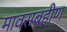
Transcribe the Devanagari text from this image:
मावसबहीण